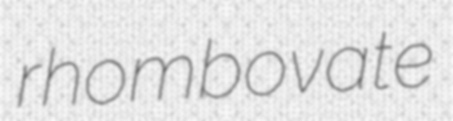
rhombovate